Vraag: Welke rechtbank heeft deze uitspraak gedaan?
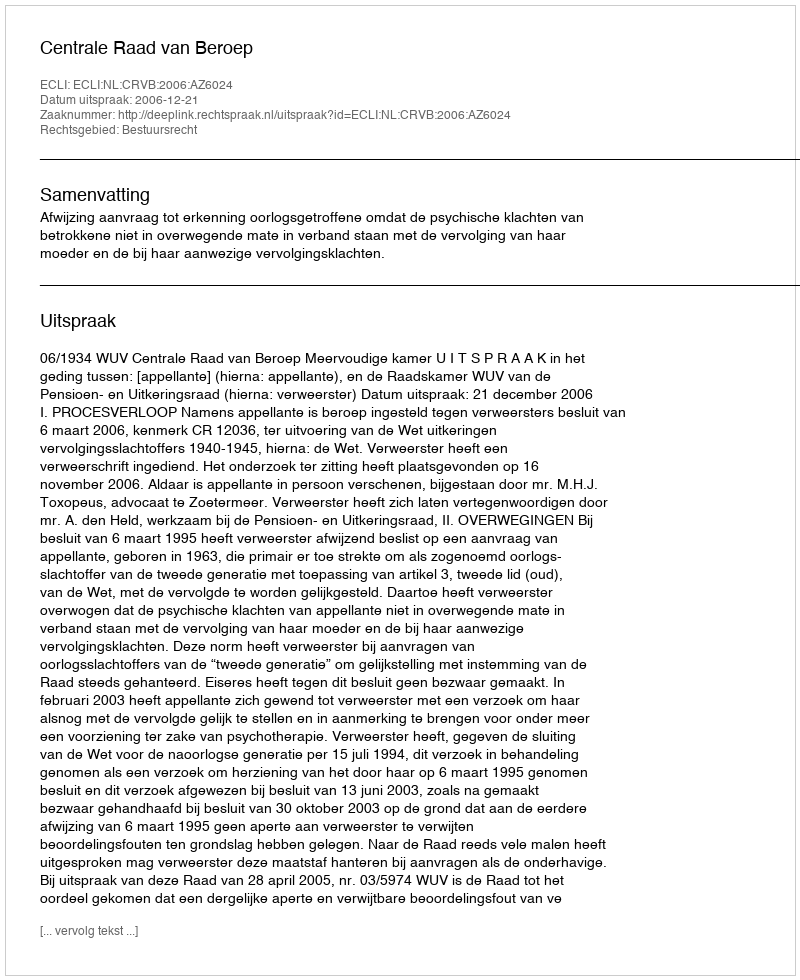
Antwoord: Centrale Raad van Beroep